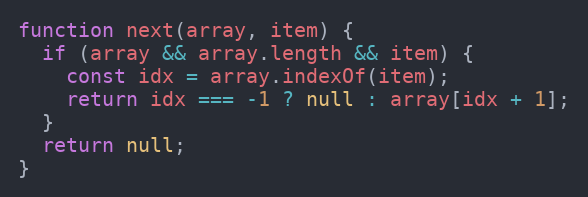
Language: JavaScript
function next(array, item) {
  if (array && array.length && item) {
    const idx = array.indexOf(item);
    return idx === -1 ? null : array[idx + 1];
  }
  return null;
}